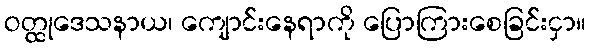
ဝတ္ထုဒေသနာယ၊ ကျောင်းနေရာကို ပြောကြားစေခြင်းငှာ။